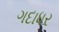
ગદાધર